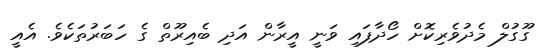
ގޫގުލް މެދުވެރިކޮށް ހޯދާފައި ވަނީ އީރާން އަދި ބެއިރޫތް ގެ ހަބަރުތަކެވެ. އެއީ